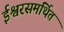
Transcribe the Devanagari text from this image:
ईश्वरसमर्थित